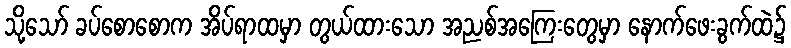
သို့သော် ခပ်စောစောက အိပ်ရာထမှာ တွယ်ထားသော အညစ်အကြေးတွေမှာ နောက်ဖေးခွက်ထဲ၌